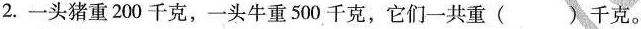
2.一头猪重200千克，一头牛重500千克，它们一共重( )千克。